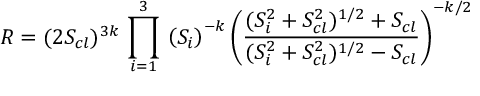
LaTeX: { \cal R } = ( 2 S _ { c l } ) ^ { 3 k } \, \prod _ { i = 1 } ^ { 3 } \, \left( S _ { i } \right) ^ { - k } \left( \frac { ( S _ { i } ^ { 2 } + S _ { c l } ^ { 2 } ) ^ { 1 / 2 } + S _ { c l } } { ( S _ { i } ^ { 2 } + S _ { c l } ^ { 2 } ) ^ { 1 / 2 } - S _ { c l } } \right) ^ { - k / 2 }